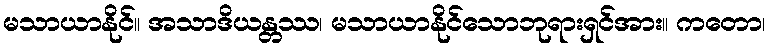
မသာယာနိုင်။ အသာဒိယန္တဿ၊ မသာယာနိုင်သောဘုရားရှင်အား။ ကတော၊